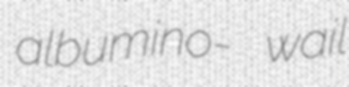
albumino- wail